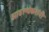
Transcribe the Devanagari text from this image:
आठल्येकरांनी